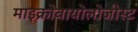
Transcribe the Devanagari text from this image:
माइक्रोबायोलोजीस्ट